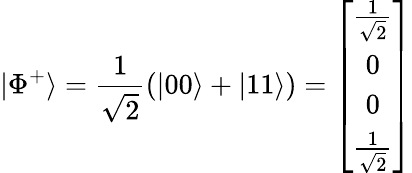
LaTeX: |\Phi^{+}\rangle=\frac{1}{\sqrt{2}}(|00\rangle+|11\rangle)=\left[\begin{array}{c}{\frac{1}{\sqrt{2}}}\\ {0}\\ {0}\\ {\frac{1}{\sqrt{2}}}\end{array}\right]